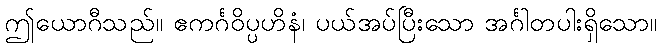
ဤယောဂီသည်။ ဧကင်္ဂဝိပ္ပဟိနံ၊ ပယ်အပ်ပြီးသော အင်္ဂါတပါးရှိသော။